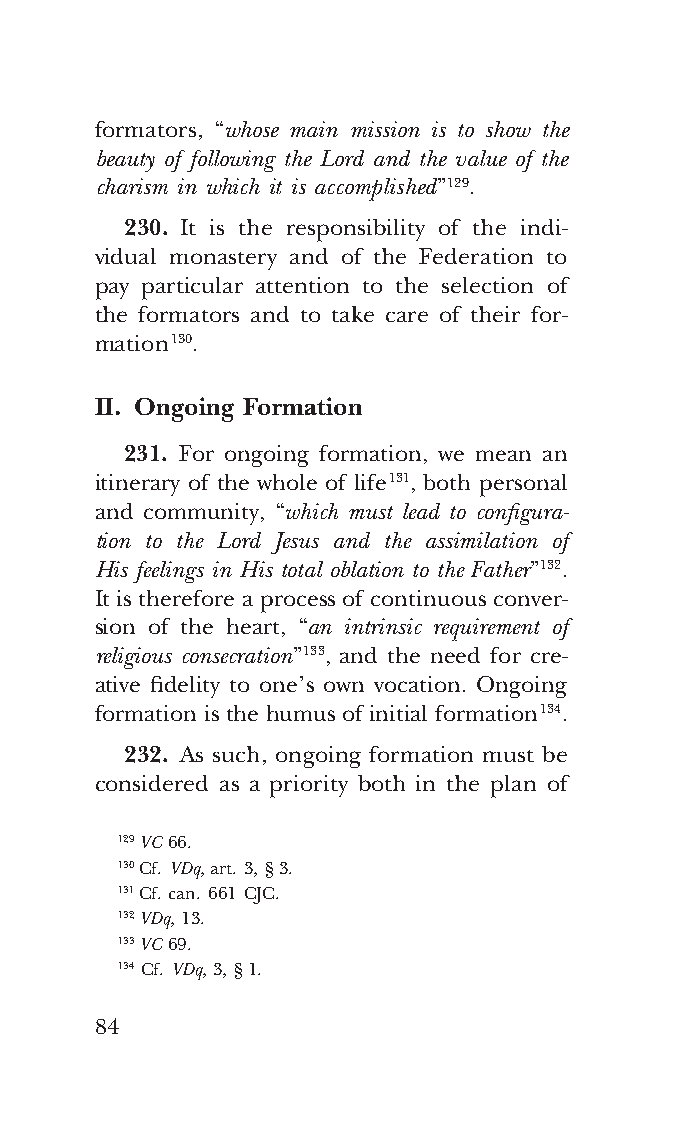
COR ORANS – NUOVO FORMATO – INGLESE 2ª BOZZA – 24 maggio 2018 – 11:12
 formators, “whose main mission is to show the
 beauty of following the Lord and the value of the
 charism in which it is accomplished” 129.
 230. It is the responsibility of the indi-
 vidual monastery and of the Federation to
 pay particular attention to the selection of
 the formators and to take care of their for-
 mation 130.
 II. Ongoing Formation
 231. For ongoing formation, we mean an
 itinerary of the whole of life 131, both personal
 and community, “which must lead to configura-
 tion to the Lord Jesus and the assimilation of
 His feelings in His total oblation to the Father” 132.
 It is therefore a process of continuous conver-
 sion of the heart, “an intrinsic requirement of
 religious consecration” 133, and the need for cre-
 ative fidelity to one’s own vocation. Ongoing
 formation is the humus of initial formation 134.
 232. As such, ongoing formation must be
 considered as a priority both in the plan of
 129 VC 66.
 130 Cf. VDq, art. 3, § 3.
 131 Cf. can. 661 CJC.
 132 VDq, 13.
 133 VC 69.
 134 Cf. VDq, 3, § 1.
 84